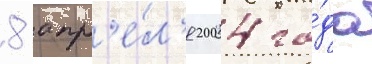
8 апр'е́л'я 2004 го́да